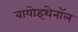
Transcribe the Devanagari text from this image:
बायोइथेनॉल